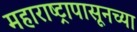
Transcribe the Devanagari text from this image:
महाराष्ट्रापासूनच्या